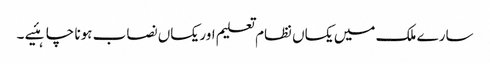
سارے ملک میں یکساں نظام تعلیم اور یکساں نصاب ہونا چاہئیے ۔